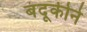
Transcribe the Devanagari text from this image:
बंदूकीने